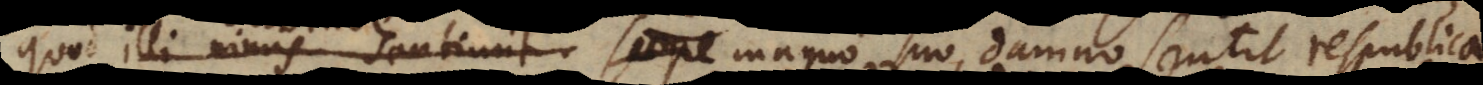
quod illi nimis sentiunt saepe magno suo damno sentit respublica